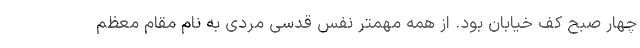
چهار صبح کف خیابان بود. از همه مهمتر نفس قدسی مردی به نام مقام معظم